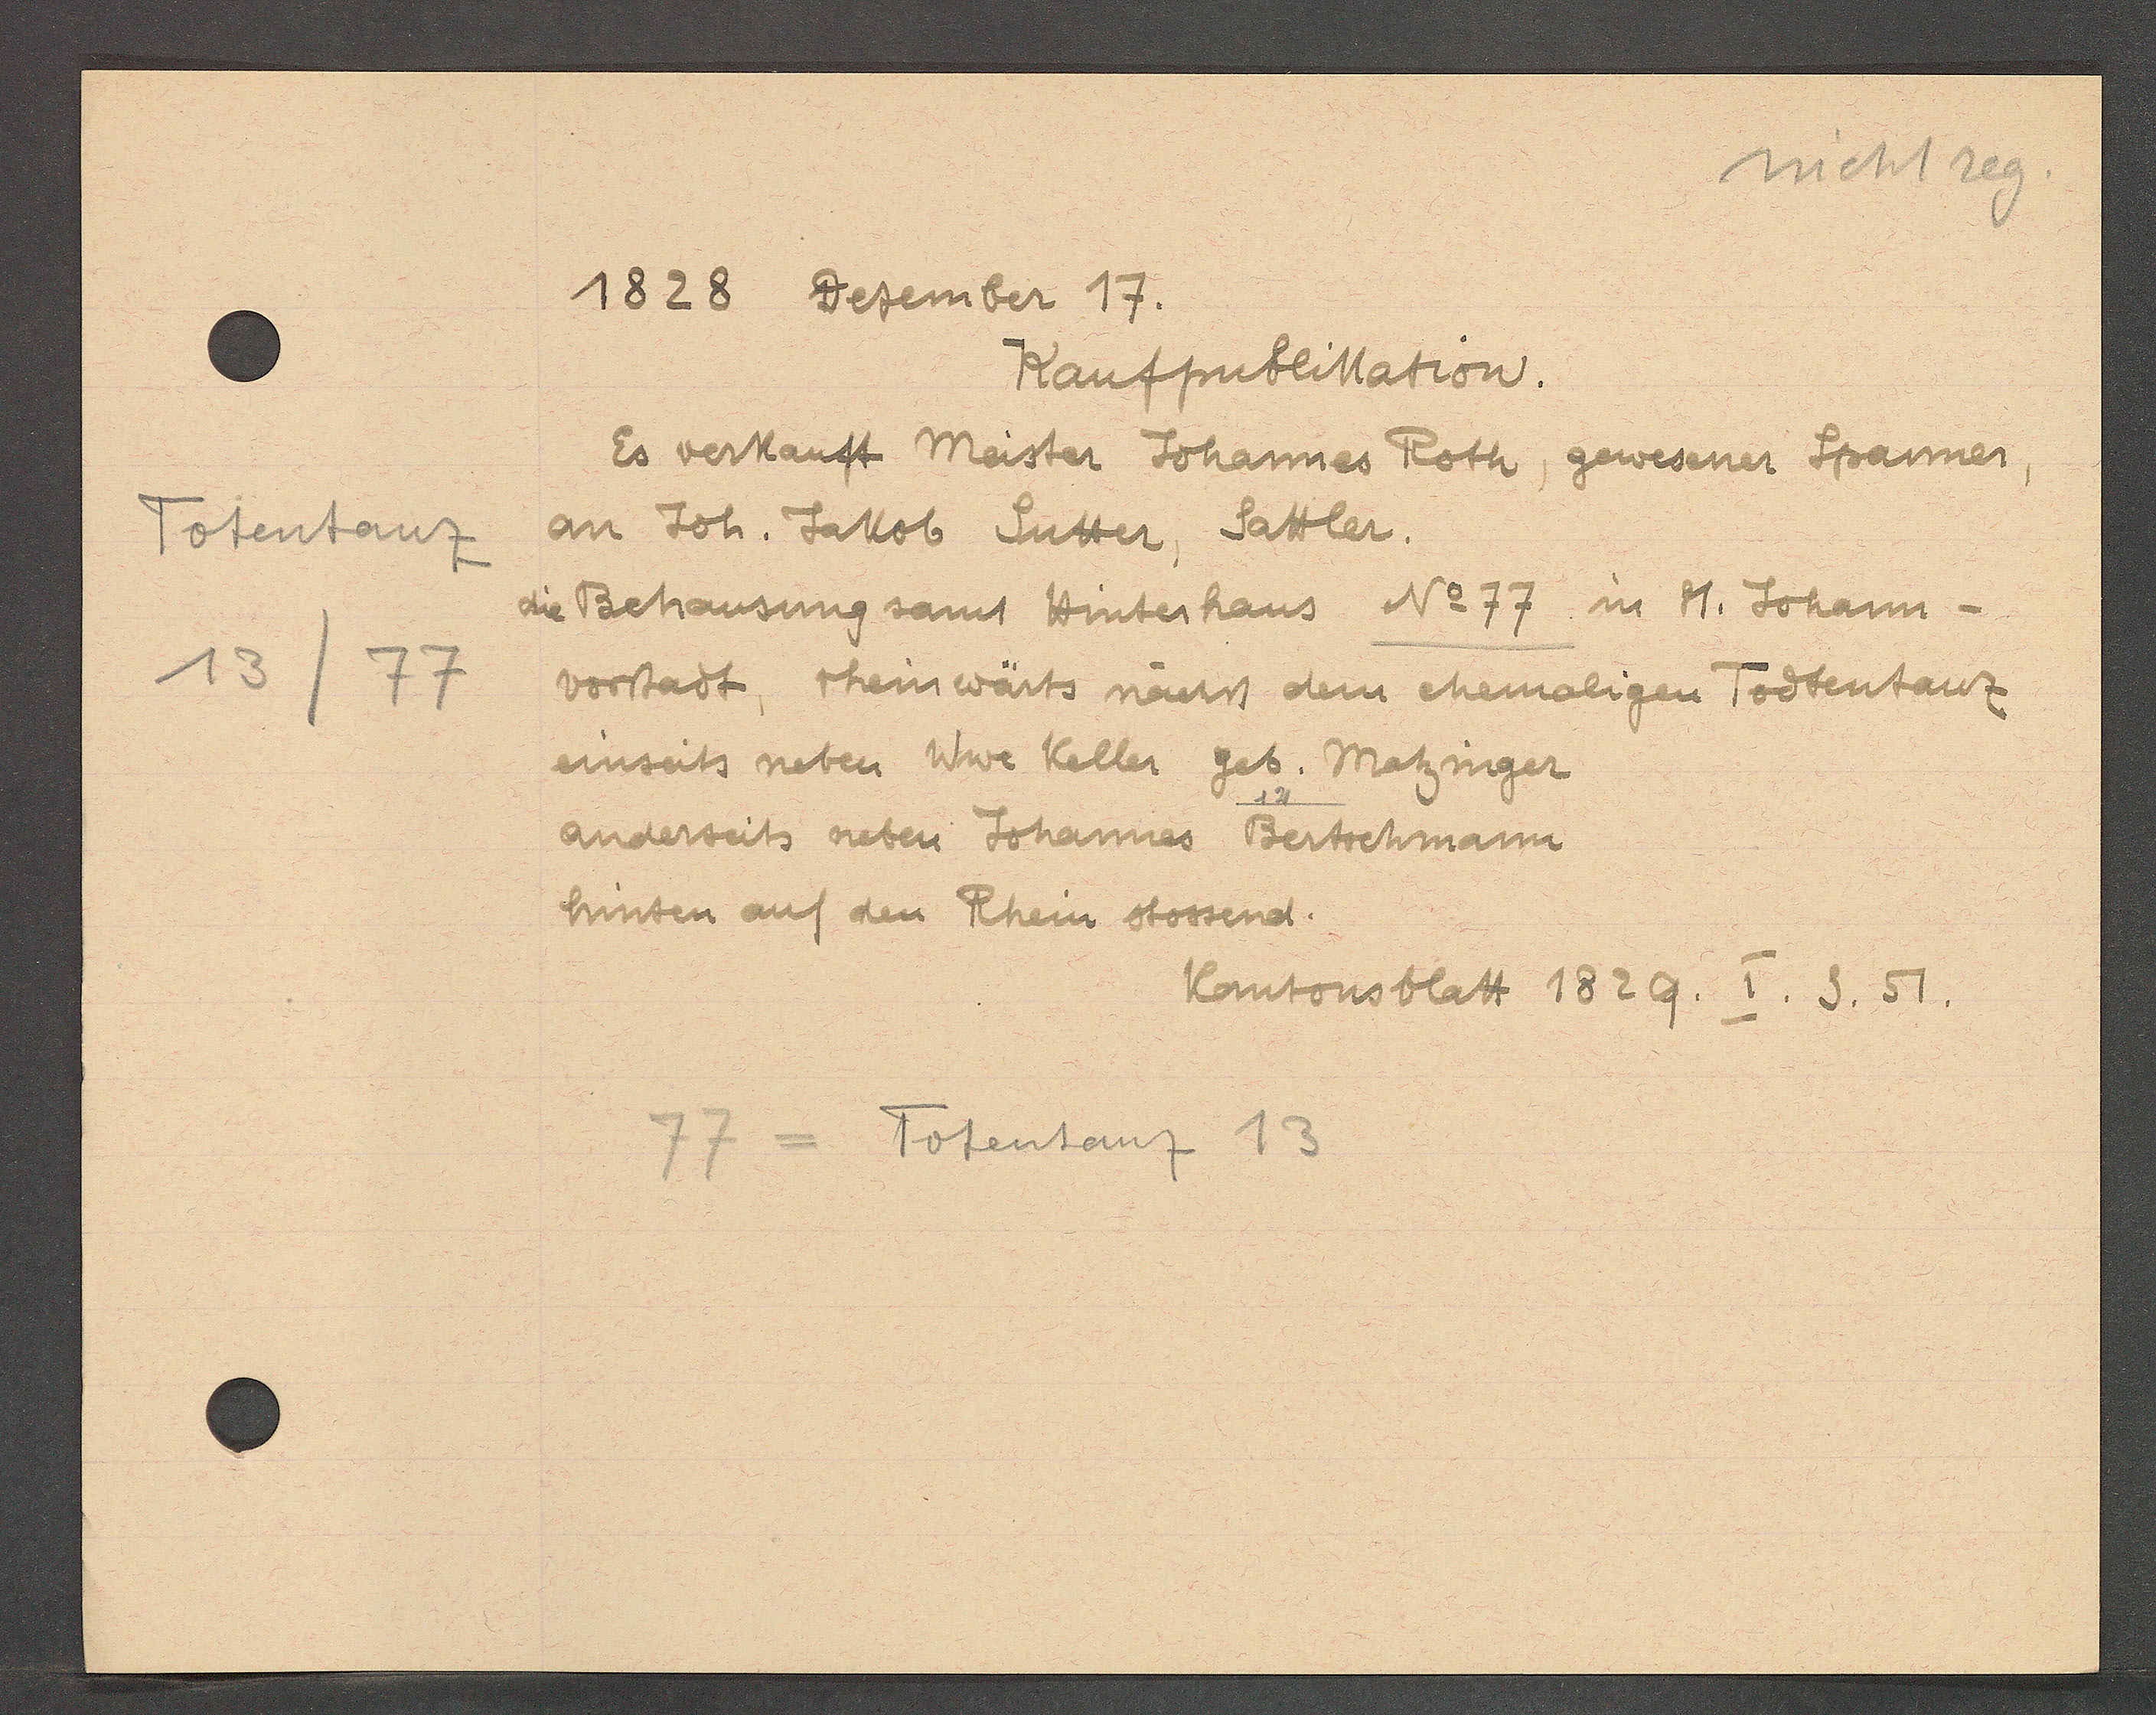
Transcript:
Totentanz
13
77

1828 Dezember 17.

Kaufpublikation.
Es verkauft Meister Johannes Roth, gewesener Spanner,
an Joh. Jakob Sutter, Sattler.
die Behausung samt Hinterhaus No 77 in St. Johann-
vorstadt, rheinwärts nächst dem ehemaligen Todtentanz
einseits neben Wwe Keller geb. Matzinger
anderseits neben Johannes Bertschmann
hinten auf den Rhein stossend.

77 = Totentanz 13

Kantonsblatt 1829. I. S. 51.